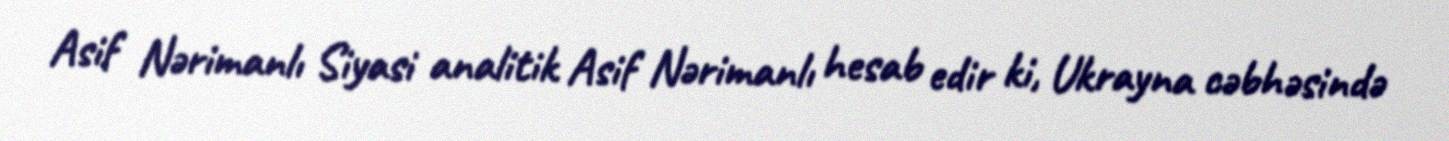
Asif Nərimanlı Siyasi analitik Asif Nərimanlı hesab edir ki, Ukrayna cəbhəsində